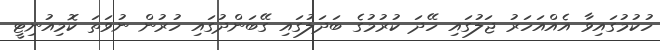
ހުކުމުގައިވާ އެއްއަހަރު ޖަލުގައި ހޭދަ ކުރުމުގެ ބަދަލުގައި ގޭބަންދުގައި ހުރުން ނުވަތަ ކޮމިއުނިޓީ